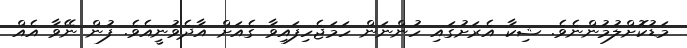
މަޑުކޮށްލުމުންނެވެ. ޝިކާ އެރަށުގައި ހުންނަން ހަމަޖެހިފައިވާ ގެއަށް އާދެވުނީއެވެ. ފުން ނޭވާ އެއް